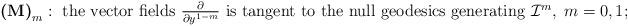
LaTeX: \begin{align*}\textbf{(M)}_m:\hbox{ the vector fields $\frac{\partial}{\partial y^{1-m}}$ is tangent to the null geodesics generating $\mathcal{I}^m,\; m=0,1$;}\end{align*}